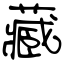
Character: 藏